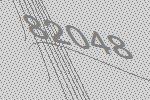
82048